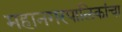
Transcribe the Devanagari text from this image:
महानगरपालिकांचा